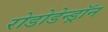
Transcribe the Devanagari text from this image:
रोडोडेन्‍ड्रॉन